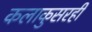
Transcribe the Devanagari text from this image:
कलाकुसरही